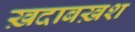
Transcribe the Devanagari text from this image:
ख़दाबख़श